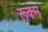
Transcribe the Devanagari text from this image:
रूक्म